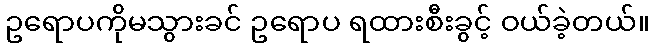
ဥရောပကိုမသွားခင် ဥရောပ ရထားစီးခွင့် ဝယ်ခဲ့တယ်။